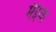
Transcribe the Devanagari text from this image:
मैईया